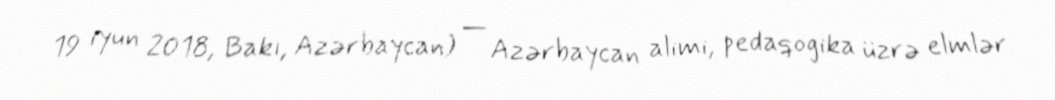
19 iyun 2018, Bakı, Azərbaycan) — Azərbaycan alimi, pedaqogika üzrə elmlər